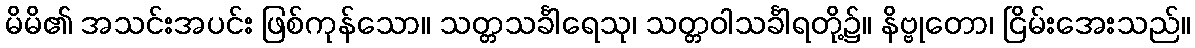
မိမိ၏ အသင်းအပင်း ဖြစ်ကုန်သော။ သတ္တသင်္ခါရေသု၊ သတ္တဝါသင်္ခါရတို့၌။ နိဗ္ဗုတော၊ ငြိမ်းအေးသည်။